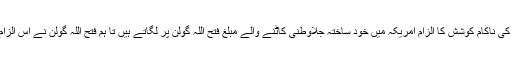
ترک صدر بغاوت کی ناکام کوشش کا الزام امریکہ میں خود ساختہ جلاوطنی کاٹنے والے مبلغ فتح اللہ گولن پر لگاتے ہیں تا ہم فتح اللہ گولن نے اس الزام کی تردید کی ہے۔